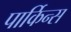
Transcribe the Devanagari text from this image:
पार्किन्स